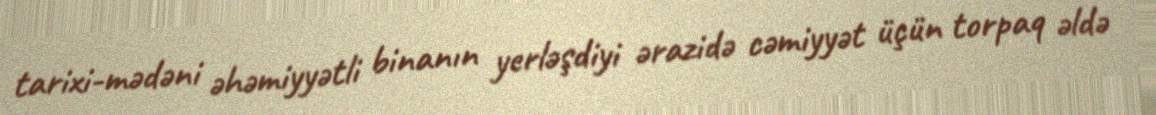
tarixi-mədəni əhəmiyyətli binanın yerləşdiyi ərazidə cəmiyyət üçün torpaq əldə